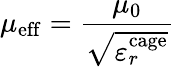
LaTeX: \mu_{\mathrm{eff}}=\frac{\mu_{0}}{\sqrt{\varepsilon_{r}^{\mathrm{cage}}}}